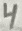
Text: 4